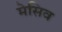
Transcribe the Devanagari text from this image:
मेसिव